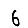
Digit: 6